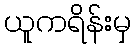
ယူကရိန်းမှ